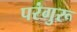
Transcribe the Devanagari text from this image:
परंगुरू